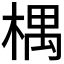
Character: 𣕃